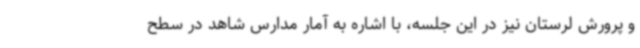
و پرورش لرستان نیز در این جلسه، با اشاره به آمار مدارس شاهد در سطح